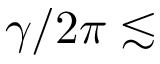
\gamma / 2 \pi \lesssim